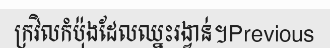
ក្រវិលកំប៉ុងដែលឈ្នះរង្វាន់។Previous